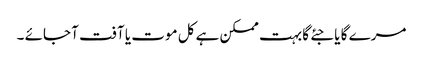
مرے گا یا جئے گا بہت ممکن ہے کل موت یا آفت آ جائے ۔